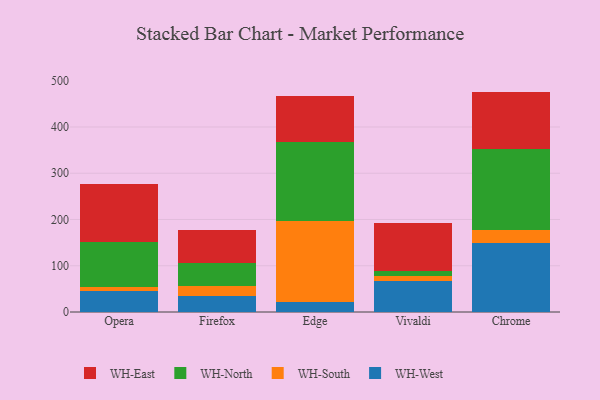
{"axis": {"x": "Browser", "y": "Latency (ms)"}, "legend": ["WH-East", "WH-North", "WH-South", "WH-West"], "data": [{"x": "Opera", "y": 46.0, "type": "WH-West"}, {"x": "Opera", "y": 8.5, "type": "WH-South"}, {"x": "Opera", "y": 97.6, "type": "WH-North"}, {"x": "Opera", "y": 123.9, "type": "WH-East"}, {"x": "Firefox", "y": 34.1, "type": "WH-West"}, {"x": "Firefox", "y": 22.6, "type": "WH-South"}, {"x": "Firefox", "y": 48.9, "type": "WH-North"}, {"x": "Firefox", "y": 72.0, "type": "WH-East"}, {"x": "Edge", "y": 21.4, "type": "WH-West"}, {"x": "Edge", "y": 176.0, "type": "WH-South"}, {"x": "Edge", "y": 170.7, "type": "WH-North"}, {"x": "Edge", "y": 99.0, "type": "WH-East"}, {"x": "Vivaldi", "y": 67.3, "type": "WH-West"}, {"x": "Vivaldi", "y": 10.3, "type": "WH-South"}, {"x": "Vivaldi", "y": 11.6, "type": "WH-North"}, {"x": "Vivaldi", "y": 104.2, "type": "WH-East"}, {"x": "Chrome", "y": 149.5, "type": "WH-West"}, {"x": "Chrome", "y": 26.9, "type": "WH-South"}, {"x": "Chrome", "y": 176.7, "type": "WH-North"}, {"x": "Chrome", "y": 123.4, "type": "WH-East"}]}